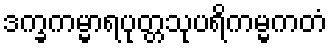
ဒက္ခကမ္မာရပုတ္တသုပရိကမ္မကတံ